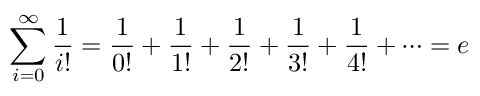
\sum _ { i = 0 } ^ { \infty } { \frac { 1 } { i ! } } = { \frac { 1 } { 0 ! } } + { \frac { 1 } { 1 ! } } + { \frac { 1 } { 2 ! } } + { \frac { 1 } { 3 ! } } + { \frac { 1 } { 4 ! } } + \cdots = e